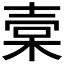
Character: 𣓷